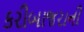
કરીબાજરાની